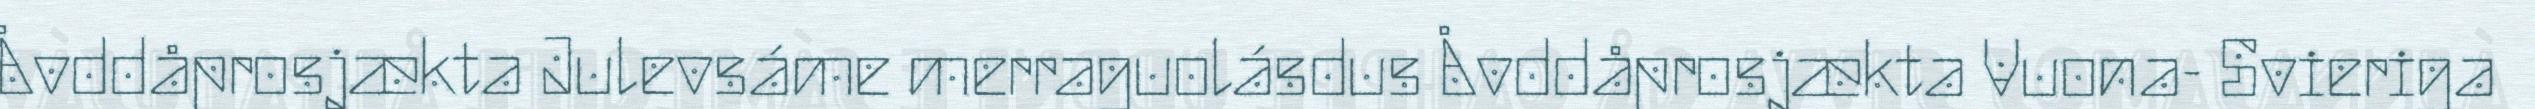
Åvddåprosjækta Julevsáme merraguolásdus Åvddåprosjækta Vuona- Svieriga